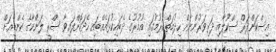
އިސްކަންދަރް ސްކޫލާއި ދަރިވަރުންނަށް ހިދުމަތްކުރުމުގައި އުމުރުގެ ދެބައިކުޅައެއްބައި ހޭދަކޮށްފައިވާ ސްރީ ލަންކާގެ ކެންޑީއަށް